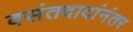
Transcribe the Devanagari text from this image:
वसंतदादांनंतर